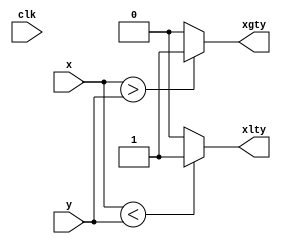
module intcomparator_9_101_f300_uid4
  (input wire clk,
   input wire [8:0] x,
   input wire [8:0] y,
   output wire xlty,
   output wire xgty);
  wire xltyi;
  wire xgtyi;
  wire n91_o;
  wire n92_o;
  wire n95_o;
  wire n96_o;
  assign xlty = xltyi;
  assign xgty = xgtyi;
  assign xltyi = n92_o; // (signal)
  assign xgtyi = n96_o; // (signal)
  assign n91_o = $unsigned(x) < $unsigned(y);
  assign n92_o = n91_o ? 1'b1 : 1'b0;
  assign n95_o = $unsigned(x) > $unsigned(y);
  assign n96_o = n95_o ? 1'b1 : 1'b0;
endmodule

module fcmplt #(parameter ID=1)
  (input wire clk,
   input wire [11:0] X,
   input wire [11:0] Y,
   output wire unordered,
   output wire XltY);
  wire [1:0] excx;
  wire [1:0] excy;
  wire signx;
  wire signy;
  wire [8:0] expfracx;
  wire [8:0] expfracy;
  wire iszerox;
  wire iszeroy;
  wire isnormalx;
  wire isnormaly;
  wire isinfx;
  wire isinfy;
  wire isnanx;
  wire isnany;
  wire negativex;
  wire positivex;
  wire negativey;
  wire positivey;
  wire expfracxltexpfracy;
  wire expfracxgtexpfracy;
  wire xltynum;
  wire unorderedr;
  wire xltyr;
  wire [1:0] n2_o;
  wire [1:0] n3_o;
  wire n4_o;
  wire n5_o;
  wire [8:0] n6_o;
  wire [8:0] n7_o;
  wire n10_o;
  wire n11_o;
  wire n15_o;
  wire n16_o;
  wire n20_o;
  wire n21_o;
  wire n25_o;
  wire n26_o;
  wire n30_o;
  wire n31_o;
  wire n35_o;
  wire n36_o;
  wire n40_o;
  wire n41_o;
  wire n45_o;
  wire n46_o;
  wire n48_o;
  wire n49_o;
  wire expfraccmp_n50;
  wire expfraccmp_n51;
  wire expfraccmp_xlty;
  wire expfraccmp_xgty;
  wire n58_o;
  wire n59_o;
  wire n60_o;
  wire n61_o;
  wire n62_o;
  wire n63_o;
  wire n64_o;
  wire n65_o;
  wire n66_o;
  wire n67_o;
  wire n68_o;
  wire n69_o;
  wire n70_o;
  wire n71_o;
  wire n72_o;
  wire n73_o;
  wire n74_o;
  wire n75_o;
  wire n76_o;
  wire n77_o;
  wire n78_o;
  wire n79_o;
  wire n80_o;
  wire n81_o;
  wire n82_o;
  wire n83_o;
  wire n84_o;
  wire n85_o;
  wire n86_o;
  wire n87_o;
  assign unordered = unorderedr;
  assign XltY = xltyr;
  assign excx = n2_o; // (signal)
  assign excy = n3_o; // (signal)
  assign signx = n4_o; // (signal)
  assign signy = n5_o; // (signal)
  assign expfracx = n6_o; // (signal)
  assign expfracy = n7_o; // (signal)
  assign iszerox = n11_o; // (signal)
  assign iszeroy = n16_o; // (signal)
  assign isnormalx = n21_o; // (signal)
  assign isnormaly = n26_o; // (signal)
  assign isinfx = n31_o; // (signal)
  assign isinfy = n36_o; // (signal)
  assign isnanx = n41_o; // (signal)
  assign isnany = n46_o; // (signal)
  assign negativex = signx; // (signal)
  assign positivex = n48_o; // (signal)
  assign negativey = signy; // (signal)
  assign positivey = n49_o; // (signal)
  assign expfracxltexpfracy = expfraccmp_n50; // (signal)
  assign expfracxgtexpfracy = expfraccmp_n51; // (signal)
  assign xltynum = n84_o; // (signal)
  assign unorderedr = n85_o; // (signal)
  assign xltyr = n87_o; // (signal)
  assign n2_o = X[11:10];
  assign n3_o = Y[11:10];
  assign n4_o = X[9];
  assign n5_o = Y[9];
  assign n6_o = X[8:0];
  assign n7_o = Y[8:0];
  assign n10_o = excx == 2'b00;
  assign n11_o = n10_o ? 1'b1 : 1'b0;
  assign n15_o = excy == 2'b00;
  assign n16_o = n15_o ? 1'b1 : 1'b0;
  assign n20_o = excx == 2'b01;
  assign n21_o = n20_o ? 1'b1 : 1'b0;
  assign n25_o = excy == 2'b01;
  assign n26_o = n25_o ? 1'b1 : 1'b0;
  assign n30_o = excx == 2'b10;
  assign n31_o = n30_o ? 1'b1 : 1'b0;
  assign n35_o = excy == 2'b10;
  assign n36_o = n35_o ? 1'b1 : 1'b0;
  assign n40_o = excx == 2'b11;
  assign n41_o = n40_o ? 1'b1 : 1'b0;
  assign n45_o = excy == 2'b11;
  assign n46_o = n45_o ? 1'b1 : 1'b0;
  assign n48_o = ~signx;
  assign n49_o = ~signy;
  assign expfraccmp_n50 = expfraccmp_xlty; // (signal)
  assign expfraccmp_n51 = expfraccmp_xgty; // (signal)
  intcomparator_9_101_f300_uid4 expfraccmp (
    .clk(clk),
    .x(expfracx),
    .y(expfracy),
    .xlty(expfraccmp_xlty),
    .xgty(expfraccmp_xgty));
  assign n58_o = isinfx & positivex;
  assign n59_o = ~n58_o;
  assign n60_o = isinfy & positivey;
  assign n61_o = n59_o & n60_o;
  assign n62_o = negativex | iszerox;
  assign n63_o = isnormaly & positivey;
  assign n64_o = n62_o & n63_o;
  assign n65_o = n61_o | n64_o;
  assign n66_o = ~iszerox;
  assign n67_o = negativex & n66_o;
  assign n68_o = n67_o & iszeroy;
  assign n69_o = n65_o | n68_o;
  assign n70_o = isnormalx & isnormaly;
  assign n71_o = n70_o & positivex;
  assign n72_o = n71_o & positivey;
  assign n73_o = n72_o & expfracxltexpfracy;
  assign n74_o = n69_o | n73_o;
  assign n75_o = isnormalx & isnormaly;
  assign n76_o = n75_o & negativex;
  assign n77_o = n76_o & negativey;
  assign n78_o = n77_o & expfracxgtexpfracy;
  assign n79_o = n74_o | n78_o;
  assign n80_o = isinfx & negativex;
  assign n81_o = isinfy & negativey;
  assign n82_o = ~n81_o;
  assign n83_o = n80_o & n82_o;
  assign n84_o = n79_o | n83_o;
  assign n85_o = isnanx | isnany;
  assign n86_o = ~unorderedr;
  assign n87_o = xltynum & n86_o;
endmodule